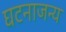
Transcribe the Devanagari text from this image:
घटनाजन्य